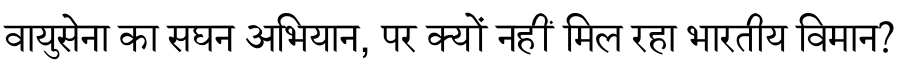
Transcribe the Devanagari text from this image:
वायुसेना का सघन अभियान, पर क्यों नहीं मिल रहा भारतीय विमान?